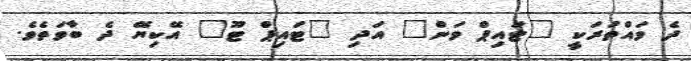
ދެ ވައްތަރަކީ "ޓައިޕް ވަން" އަދި "ޓައިޕް ޓޫ" އޭކިޔޭ ދެ ބާވަތެވެ.